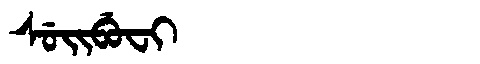
Manchu: ᠰᡠᡳᠪᡠᠸᡳ
Romanization: SUIBUFI